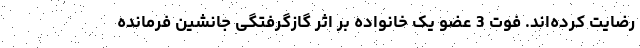
رضایت کرده‌اند. فوت 3 عضو یک خانواده بر اثر گازگرفتگی جانشین فرمانده